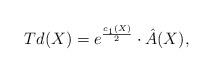
\begin{align*} Td(X)=e^{\frac{c_{1}(X)}{2}}\cdot\hat{A}(X), \end{align*}